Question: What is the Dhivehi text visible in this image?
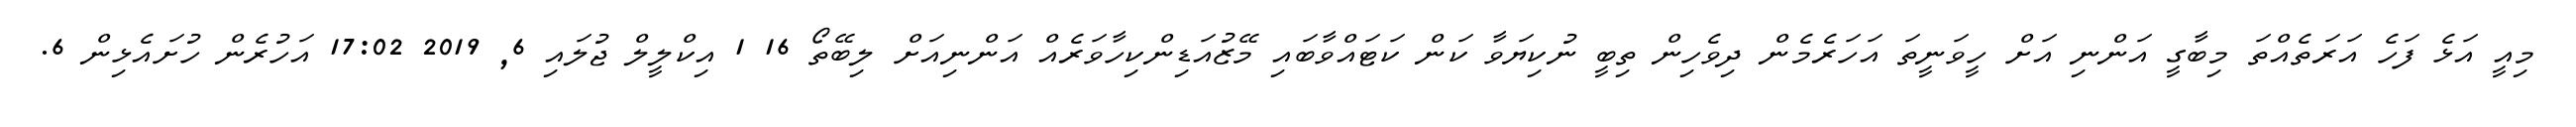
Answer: މިއީ އަޅެ ފަހެ އަރަތެއްތަ މިބާގީ އަންނި އަށް ހީވަނީތަ އަހަރެމެން ދިވެހިން ތިބީ ނުކިޔަވާ ކަން ކަޓައްވާބައި މޭޒުއަޑިންކިހާވަރެއް އަންނިއަށް ލިބޭތޯ 16 1 އިކްލީލް ޖުލައި 6, 2019 17:02 އަހުރެން ހުށައެޅިން 6.